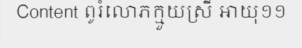
Content ពូរំលោភក្មួយស្រី អាយុ១១